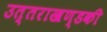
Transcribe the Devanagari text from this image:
उत्‍तराखण्‍डकी